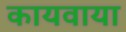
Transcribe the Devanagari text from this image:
कायवाया